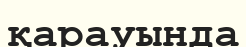
қарауында